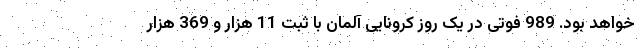
خواهد بود. 989 فوتی در یک روز کرونایی آلمان با ثبت 11 هزار و 369 هزار